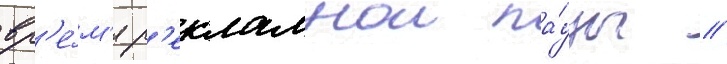
вр'е́м'я р'екламнои па́узы /